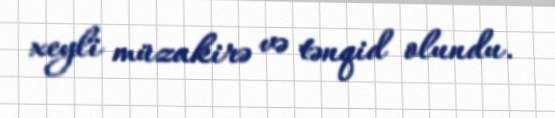
xeyli müzakirə və tənqid olundu.